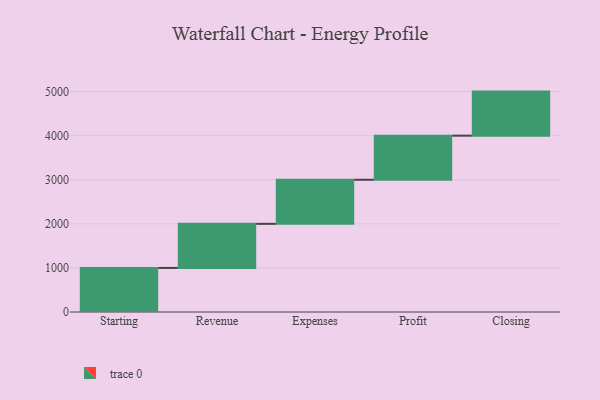
{"axis": {"x": "Step", "y": "Value"}, "legend": [""], "data": [{"x": "Starting", "y": 1000, "type": ""}, {"x": "Revenue", "y": 1000, "type": ""}, {"x": "Expenses", "y": 1000, "type": ""}, {"x": "Profit", "y": 1000, "type": ""}, {"x": "Closing", "y": 1000, "type": ""}]}